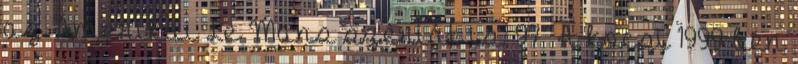
az Amerikai Le Mans szériát is. 97 A kocsi 1999-ben